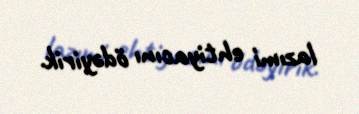
lazımi ehtiyacını ödəyirik.